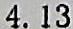
4.13